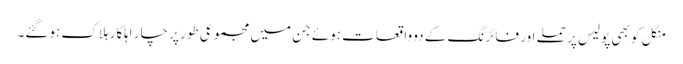
منگل کو بھی پولیس پر حملے اور فائرنگ کے دو واقعات ہوئے جن میں مجموعی طور پر چار اہلکار ہلاک ہوگئے۔